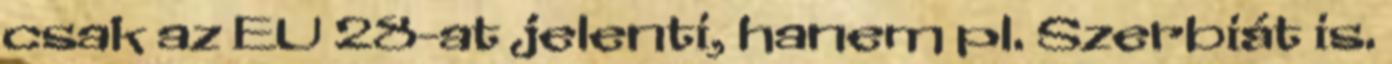
csak az EU 28-at jelenti, hanem pl. Szerbiát is.